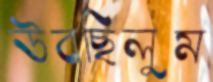
উবছিলুম